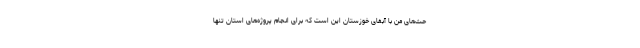
حث‌های من با آبفای خوزستان این است که برای انجام پروژه‌های استان تنها